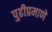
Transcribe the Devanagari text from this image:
पुढीप्रमाणे